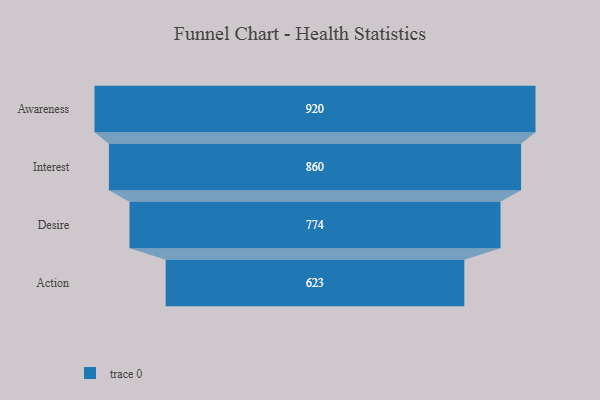
{"axis": {"x": "Stage", "y": "Value"}, "legend": [""], "data": [{"x": "Awareness", "y": 920.0, "type": ""}, {"x": "Interest", "y": 860.0, "type": ""}, {"x": "Desire", "y": 774.0, "type": ""}, {"x": "Action", "y": 623.0, "type": ""}]}